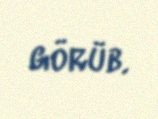
görüb.